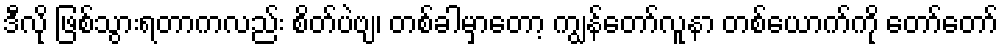
ဒီလို ဖြစ်သွားရတာကလည်း စိတ်ပဲဗျ၊ တစ်ခါမှာတော့ ကျွန်တော်လူနာ တစ်ယောက်ကို တော်တော်